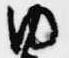
内